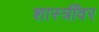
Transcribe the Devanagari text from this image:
शास्त्रींवर